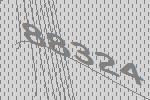
88324